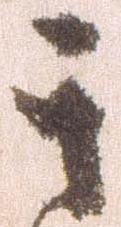
其